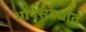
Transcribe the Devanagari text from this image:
भाषेसंबधांत